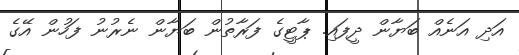
އަދި އަނެއް ބަޔާން ދީފައި. ޕާޓީގެ ފަރާތުން ބަޔާން ނެރުނު ފަހުން އޭގެ